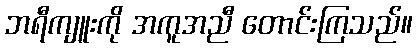
ဘရီကျူးကို အကူအညီ တောင်းကြသည်။